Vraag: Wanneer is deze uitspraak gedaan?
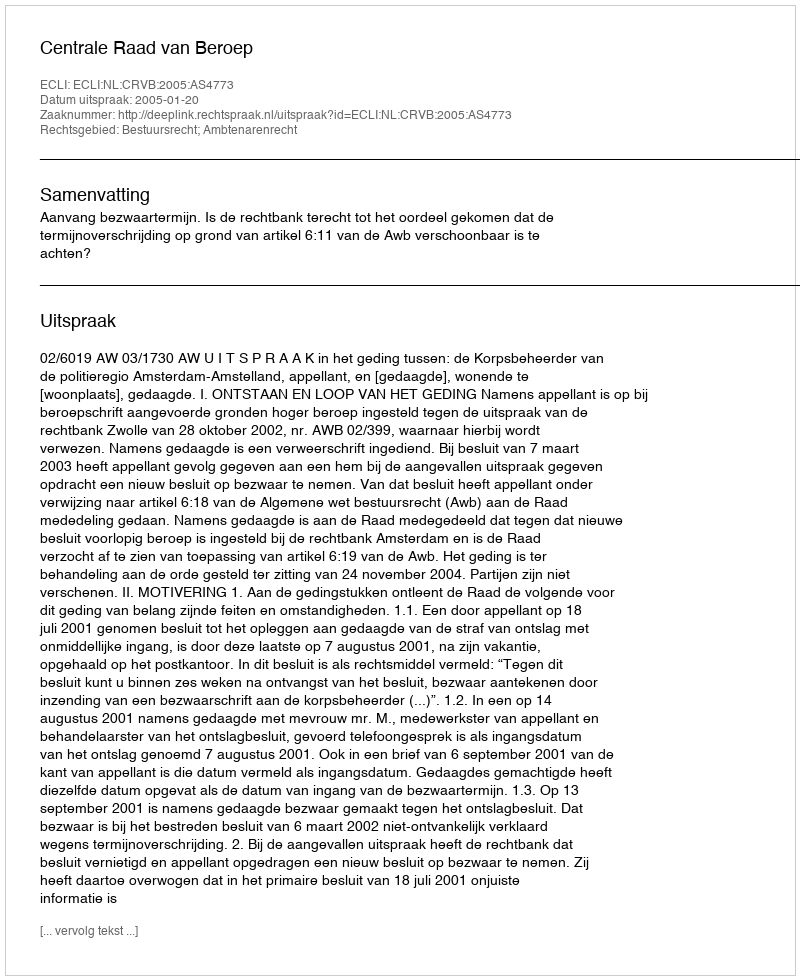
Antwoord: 2005-01-20